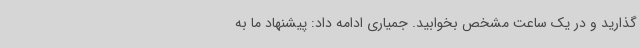
گذارید و در یک ساعت مشخص بخوابید. جمیاری ادامه داد: پیشنهاد ما به